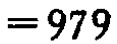
$=979$